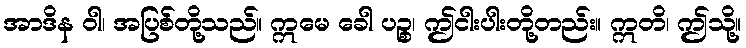
အာဒိန ဝါ၊ အပြစ်တို့သည်။ ဣမေ ခေါ ပဉ္စ၊ ဤငါးပါးတို့တည်း။ ဣတိ၊ ဤသို့။